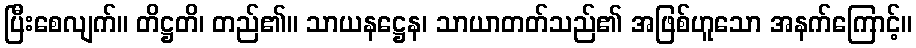
ပြီးစေလျက်။ တိဋ္ဌတိ၊ တည်၏။ သာယနဋ္ဌေန၊ သာယာတတ်သည်၏ အဖြစ်ဟူသော အနက်ကြောင့်။